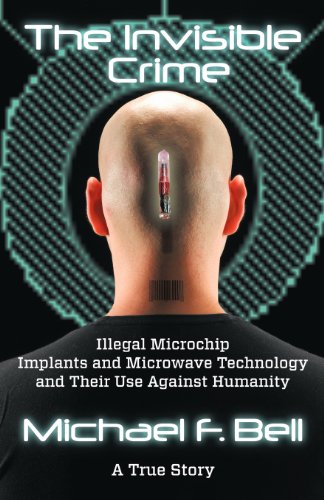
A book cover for The Invisible Crime: Illegal Microchip Implants and Microwave Technology and Their Use Against Humanity; Michael F. Bell; Biographies & Memoirs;